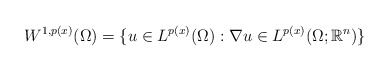
\begin{align*} W^{1,p(x)}(\Omega) = \{u \in L^{p(x)}(\Omega): \nabla u \in L^{p(x)}(\Omega; \mathbb{R}^n)\}\end{align*}